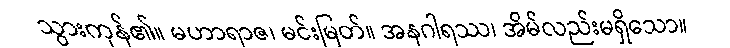
သွားကုန်၏။ မဟာရာဇ၊ မင်းမြတ်။ အနဂါရဿ၊ အိမ်လည်းမရှိသော။